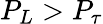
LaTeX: P_{L}>P_{\tau}